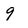
Character: 9